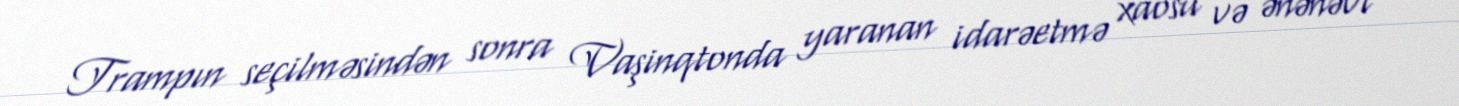
Trampın seçilməsindən sonra Vaşinqtonda yaranan idarəetmə xaosu və ənənəvi